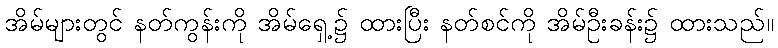
အိမ်များတွင် နတ်ကွန်းကို အိမ်ရှေ့၌ ထားပြီး နတ်စင်ကို အိမ်ဦးခန်း၌ ထားသည်။